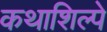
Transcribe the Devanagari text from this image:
कथाशिल्पे